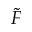
\tilde { F }